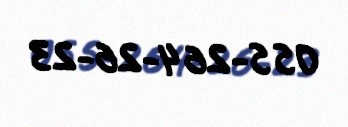
055-264-26-23